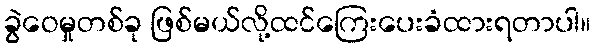
ခွဲဝေမှုတစ်ခု ဖြစ်မယ်လို့ထင်ကြေးပေးခံထားရတာပါ။